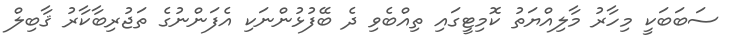
ސަބަބަކީ މިހާރު މާލިއްޔަތު ކޮމިޓީގައި ތިއްބެވި ދެ ބޭފުޅުންނަކި އެފަންނުގެ ތަޖުރިބާކާރު ޤާބިލް